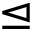
\trianglelefteq